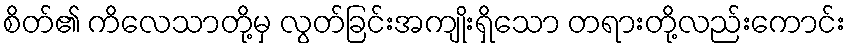
စိတ်၏ ကိလေသာတို့မှ လွတ်ခြင်းအကျိုးရှိသော တရားတို့လည်းကောင်း